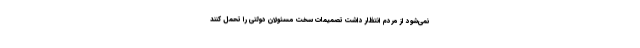
نمی‌شود از مردم انتظار داشت تصمیمات سخت مسئولان دولتی را تحمل کنند